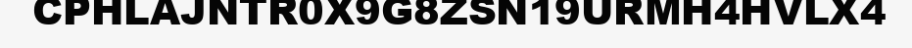
CPHLAJNTR0X9G8ZSN19URMH4HVLX4